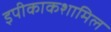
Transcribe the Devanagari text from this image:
इपीकाकशामिल